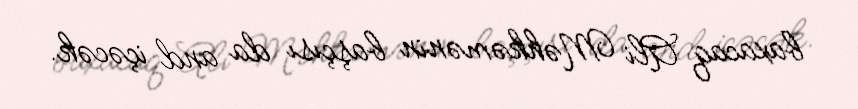
baxacaq Ali Məhkəmənin başçısı da and içəcək.